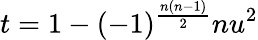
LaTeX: t=1-(-1)^{\frac{n(n-1)}{2}}nu^{2}